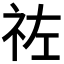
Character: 𥙀